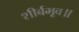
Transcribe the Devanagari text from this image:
शीर्बभूव॥